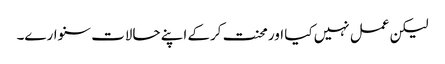
لیکن عمل نہیں کیا اور محنت کرکے اپنے حالات سنوارے۔